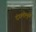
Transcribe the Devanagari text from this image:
दंगलीमुळे